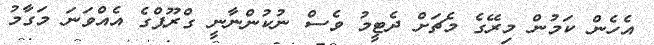
އެހެން ކަމުން މިރޭގެ މެޗަށް ދެޓީމު ވެސް ނުކުންނާނީ ގްރޫޕްގެ އެއްވަނަ މަގާމު